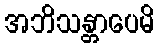
အဘိသန္တာပေမိ